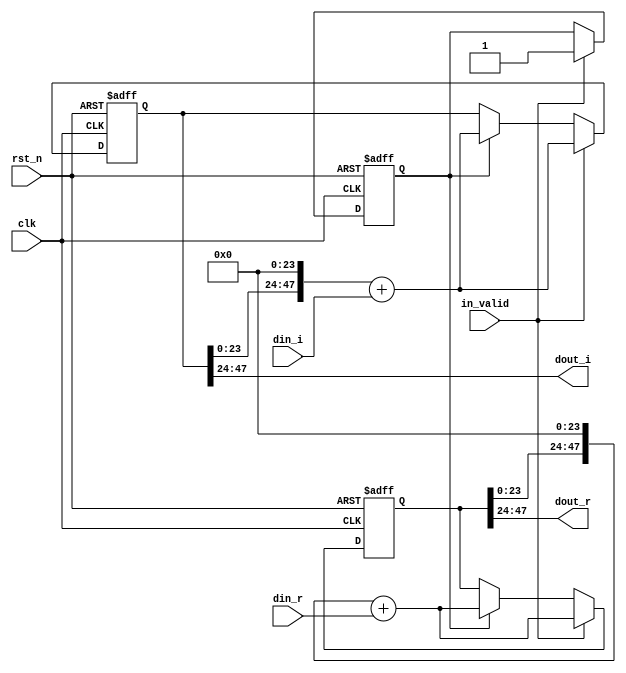
module shift_2(
input clk,
input rst_n,
input in_valid,
input signed [23:0] din_r,
input signed [23:0] din_i,
output signed [23:0] dout_r,
output signed [23:0] dout_i
);
integer i ;
reg [47:0] shift_reg_r ;
reg [47:0] shift_reg_i ;
reg [47:0] tmp_reg_r ;
reg [47:0] tmp_reg_i ;
reg [2:0] counter_2,next_counter_2;
reg valid,next_valid;

assign dout_r    = shift_reg_r[47:24];
assign dout_i    = shift_reg_i[47:24];

always@(*)begin
    next_counter_2 = counter_2 + 2'd1;
    tmp_reg_r = shift_reg_r;
    tmp_reg_i = shift_reg_i;
    next_valid = valid;
end

always@(posedge clk or negedge rst_n)begin
    if(~rst_n)begin
        shift_reg_r <= 0;
        shift_reg_i <= 0;
        counter_2  <= 0;
        valid <= 0;
    end
    else 
    if (in_valid)begin
        counter_2        <= next_counter_2;
        shift_reg_r      <= (tmp_reg_r<<24) + din_r;
        shift_reg_i      <= (tmp_reg_i<<24) + din_i;
        valid            <= in_valid;
    end else if(valid)begin
        counter_2        <= next_counter_2;
        shift_reg_r      <= (tmp_reg_r<<24) + din_r;
        shift_reg_i      <= (tmp_reg_i<<24) + din_i;
        valid            <= next_valid;
    end
end

endmodule